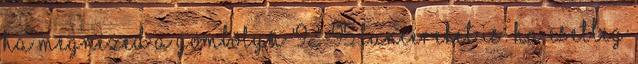
ha megnézed a gömbölyű '92-95 Lancereket is. Ha esetleg